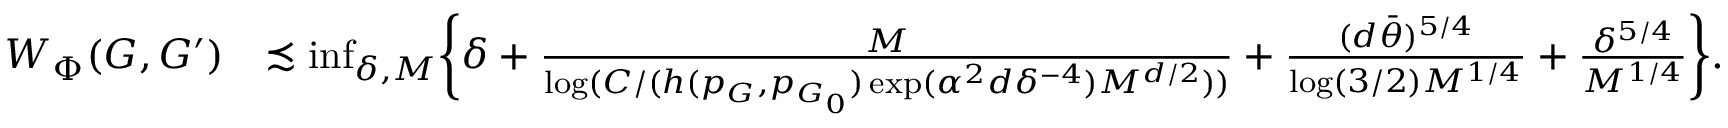
\begin{array} { r l } { W _ { \Phi } ( G , G ^ { \prime } ) } & { \precsim \operatorname* { i n f } _ { \delta , M } \biggr \{ \delta + \frac { M } { \log ( C / ( h ( p _ { G } , p _ { G _ { 0 } } ) \exp ( \alpha ^ { 2 } d \delta ^ { - 4 } ) M ^ { d / 2 } ) ) } + \frac { ( d \bar { \theta } ) ^ { 5 / 4 } } { \log ( 3 / 2 ) M ^ { 1 / 4 } } + \frac { \delta ^ { 5 / 4 } } { M ^ { 1 / 4 } } \biggr \} . } \end{array}